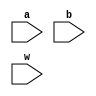
module nander(a,b,w);

input [1:0]a;
input [1:0]b;
input [1:0]w;

nand (a,b,w);

endmodule